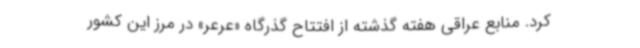
کرد. منابع عراقی هفته گذشته از افتتاح گذرگاه «عرعر» در مرز این کشور